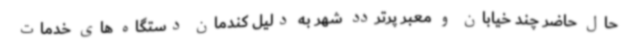
حال حاضر چند خیابان و معبر پرتردد شهر به دلیل کندمان دستگاه های خدمات